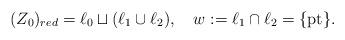
LaTeX: \begin{align*}(Z_0)_{red}=\ell_0\sqcup(\ell_1\cup \ell_2),\ \ \ w:=\ell_1\cap \ell_2=\{\mathrm{pt}\}.\end{align*}